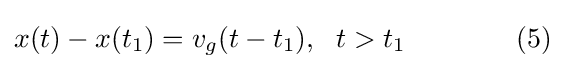
x(t)-x(t_{1})=v_{g}(t-t_{1}),\ \ t>t_{1}\qquad \qquad (5)